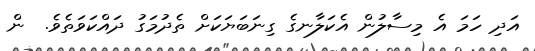
އަދި ހަމަ އެ މިސާލުން އެކަލާނގެ ގިނަބަޔަކަށް ތެދުމަގު ދައްކަވަތެވެ.  ން